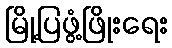
မြို့ပြဖွံ့ဖြိုးရေး